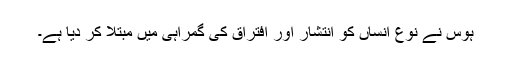
ہوس نے نوع انساں کو انتشار اور افتراق کی گمراہی میں مبتلا کر دیا ہے۔